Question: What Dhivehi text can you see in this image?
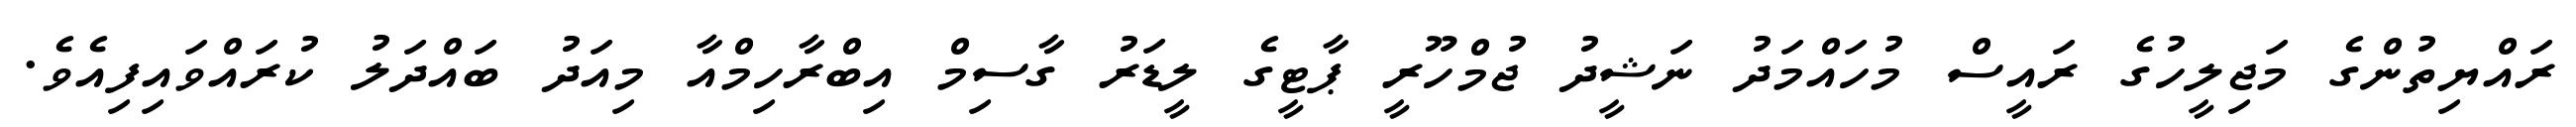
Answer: ރައްޔިތުންގެ މަޖިލީހުގެ ރައީސް މުހައްމަދު ނަޝީދު ޖުމްހޫރީ ޕާޓީގެ ލީޑަރު ގާސިމް އިބްރާހިމްއާ މިއަދު ބައްދަލު ކުރައްވައިފިއެވެ.